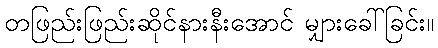
တဖြည်းဖြည်းဆိုင်နားနီးအောင် မျှားခေါ်ခြင်း။